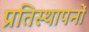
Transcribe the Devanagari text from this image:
प्रतिस्थापनों